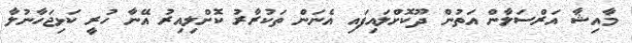
މާއިޝާ އަރްސަލާން އަތުން ދޫކޮށްލައިފައި އެނަން ތަކުރާރު ކޮށްލިއިރު އޭނާ ހުރީ ކަޅިޖަހާނުލާ